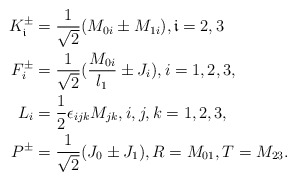
\begin{align*} K_\mathfrak{i}^{\pm}&=\frac{1}{\sqrt2} (M_{0i}\pm M_{1i}), \mathfrak{i}=2,3\\ F_{i}^{\pm}&=\frac{1}{\sqrt2} (\frac{M_{0i}}{l_1}\pm J_{i}),i=1,2,3,\\ L_{i}&=\frac{1}{2}\epsilon_{ijk}M_{jk}, i,j,k=1,2,3,\\P^{\pm}&= \frac{1}{\sqrt2} (J_0\pm J_1), R=M_{01}, T=M_{23}. \end{align*}